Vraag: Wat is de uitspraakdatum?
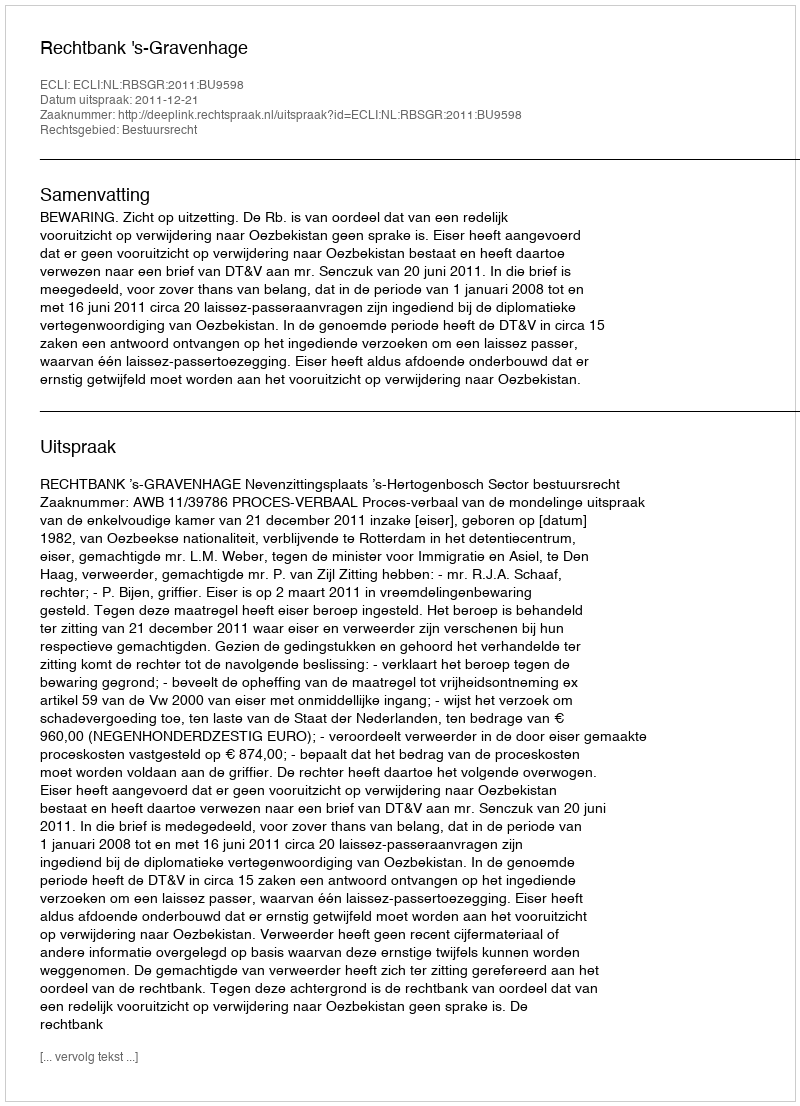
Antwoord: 2011-12-21